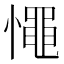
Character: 憴